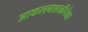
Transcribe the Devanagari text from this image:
आकलनशक्तीपेक्षा